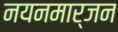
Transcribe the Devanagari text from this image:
नयनमार्जन